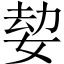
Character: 𡝔